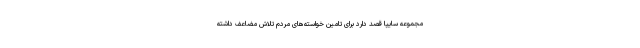
مجموعه سایپا قصد دارد برای تامین خواسته‌های مردم تلاش مضاعف داشته